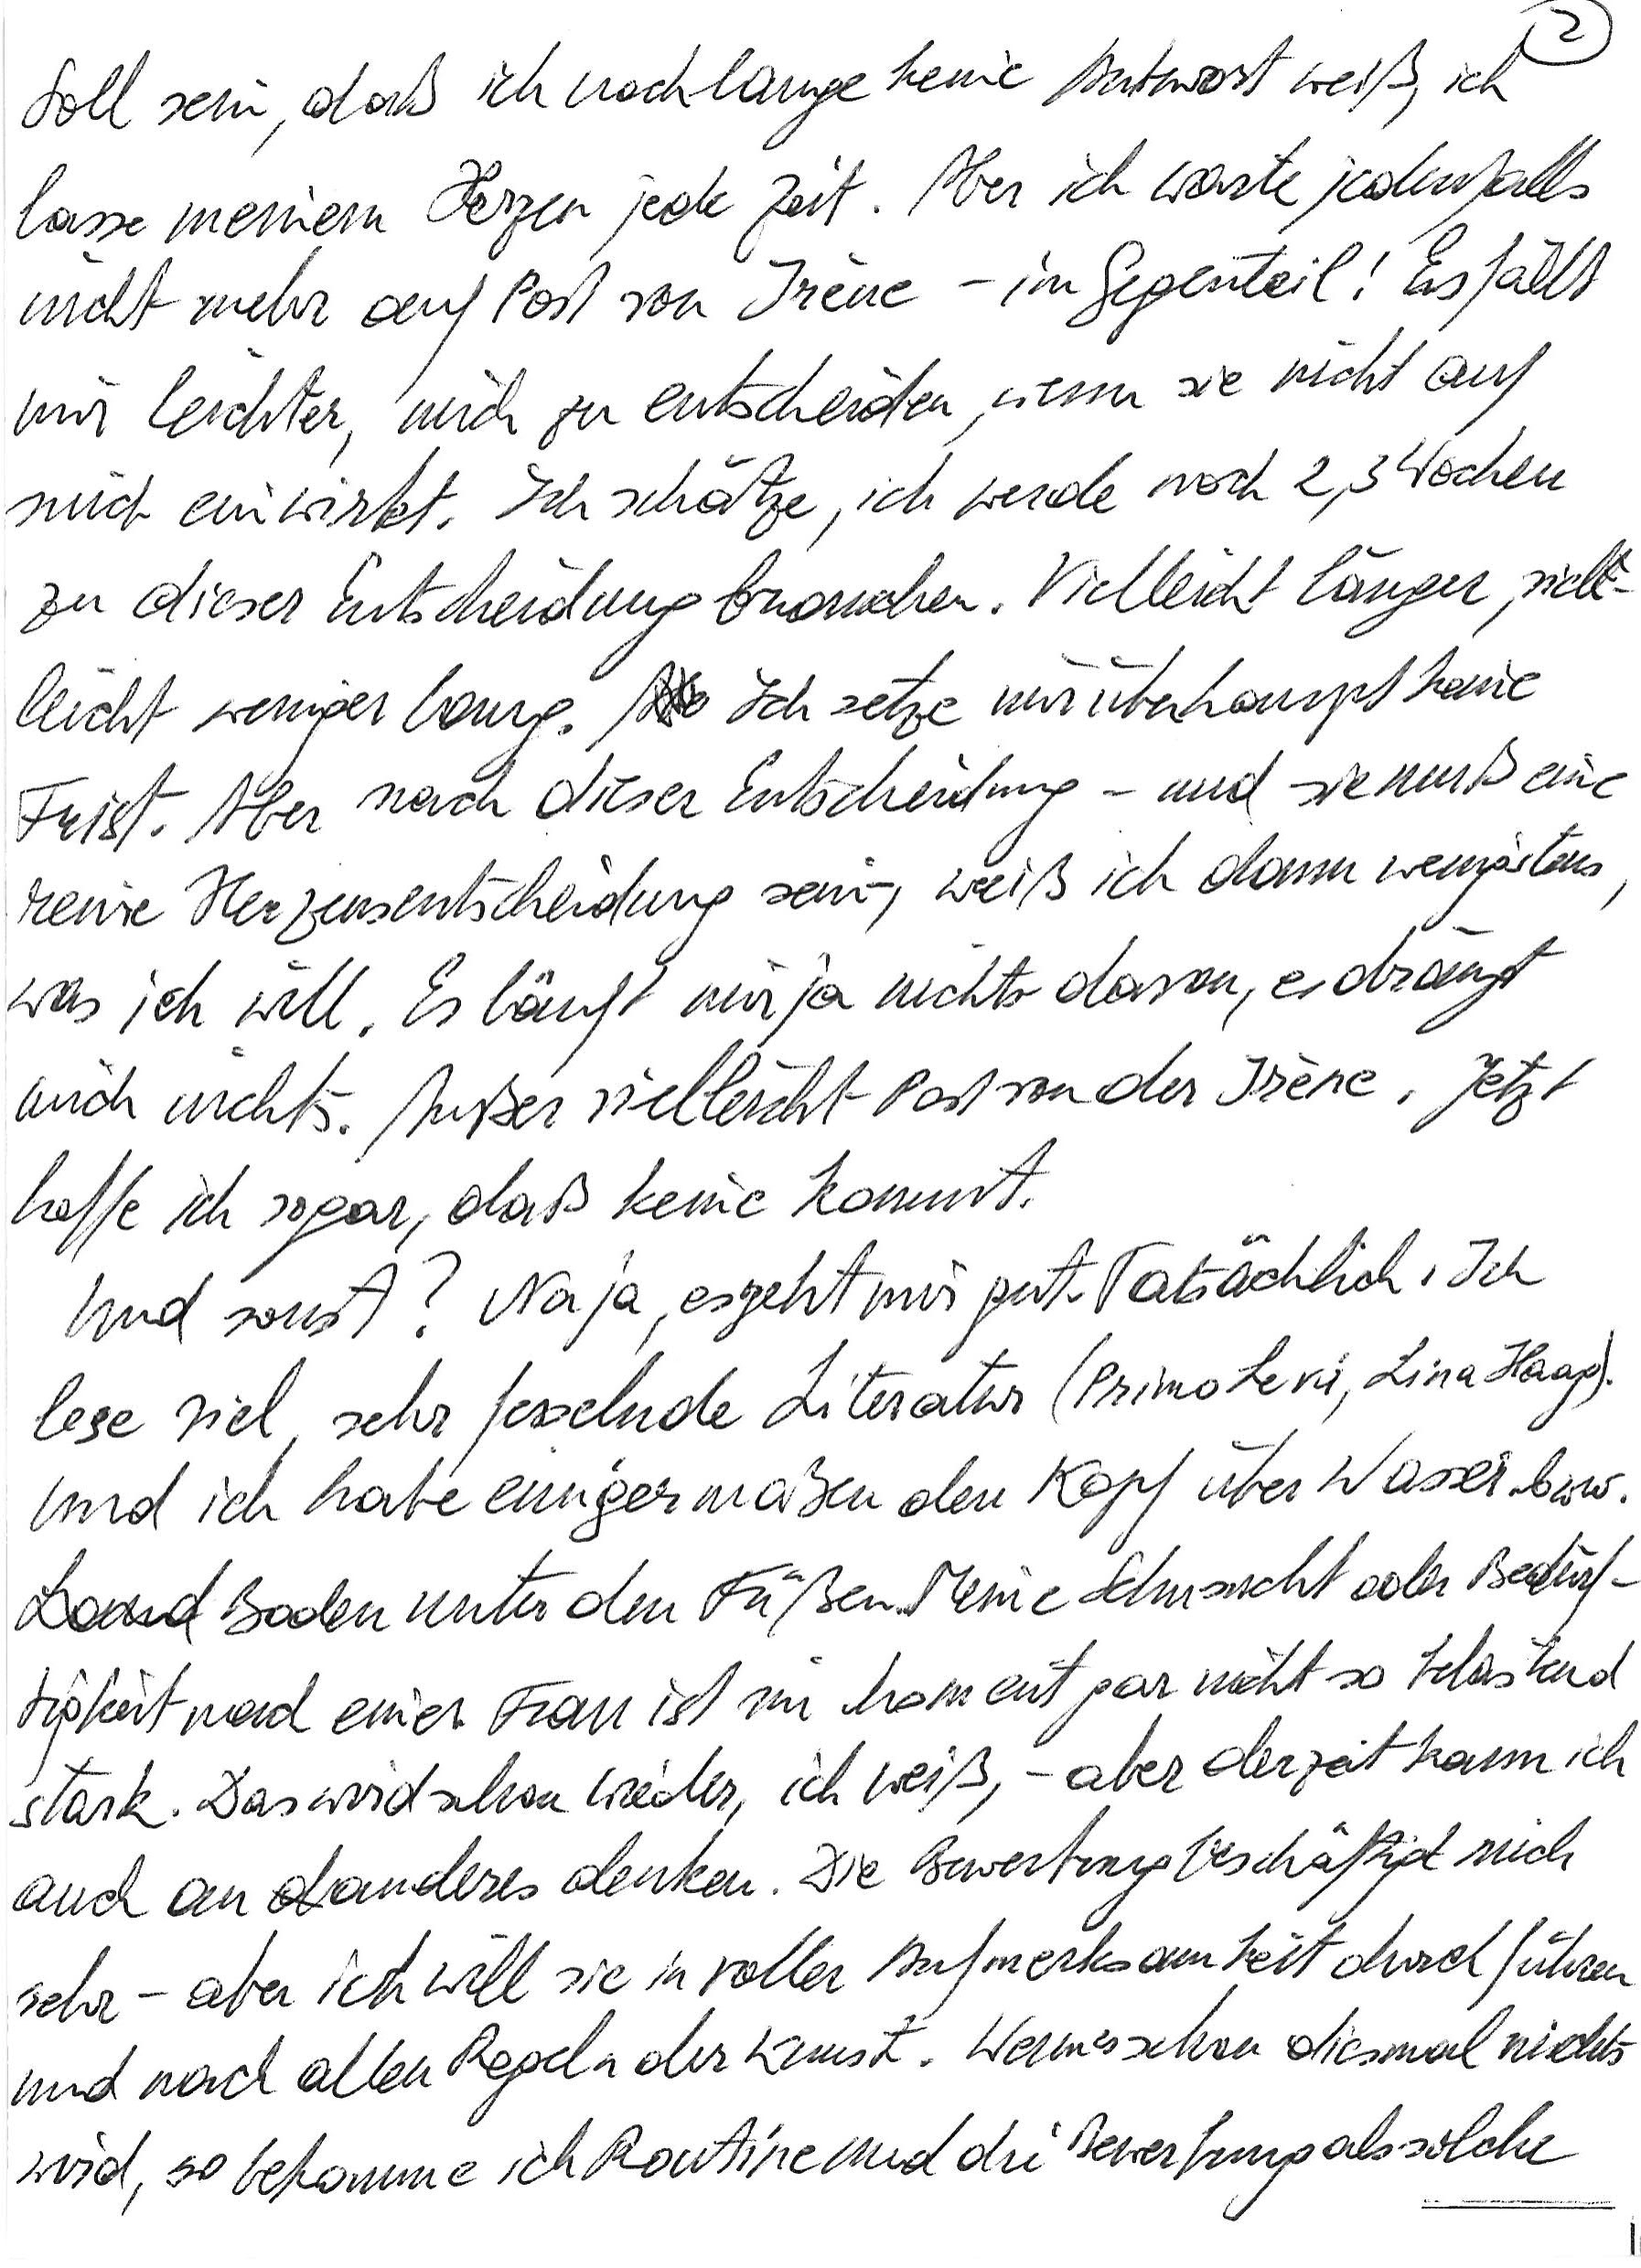
Soll sein, daß ich noch lange keine Antwort weiß, ich
lasse meinem Herzen jede Zeit. Aber ich warte jedenfalls
nicht mehr auf Post von Irène – im Gegenteil! Es fällt
mir leichter, mich zu entscheiden, wenn sie nicht auf
mich einwirkt. Ich schätze, ich werde noch 2, 3 Wochen
zu dieser Entscheidung brauchen. Vielleicht länger, viel-
leicht weniger lang. Ich setze mir überhaupt keine
Frist. Aber nach dieser Entscheidung – und sie muß eine
reine Herzensentscheidung sein –, weiß ich dann wenigstens,
was ich will. Es läuft mir ja nichts davon, es drängt
mich nichts. Außer vielleicht Post von der Irène. Jetzt
hoffe ich sogar, daß keine kommt.
Und sonst? Naja, es geht mir gut. Tatsächlich. Ich
lese viel, sehr fesselnde Literatur (Primo Levi, Lina Haag).
Und ich habe einigermaßen den Kopf über Wasser bzw.
Boden unter den Füßen. Meine Sehnsucht oder Bedürf-
tigkeit nach einer Frau ist im Moment gar nicht so belastend
stark. Das wird schon wieder, ich weiß, – aber derzeit kann ich
auch an anderes denken. Die Bewerbung beschäftigt mich
sehr – aber ich will sie in voller Aufmerksamkeit durchführen
und nach allen Regeln der Kunst. Wenn es schon diesmal nichts
wird, so bekomme ich Routine und die Bewerbung als solche